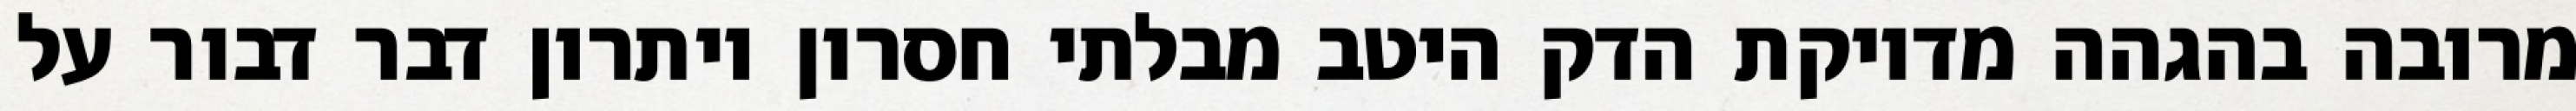
מרובה בהגהה מדויקת הדק היטב מבלתי חסרון ויתרון דבר דבור על